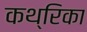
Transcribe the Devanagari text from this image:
कथ्रिका